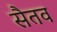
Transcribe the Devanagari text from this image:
सैतव